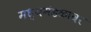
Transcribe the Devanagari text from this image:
मध्यमंडळावर